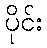
ပိုင်း